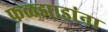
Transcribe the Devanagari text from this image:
फळझाडांना